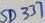
Text: SD337